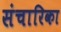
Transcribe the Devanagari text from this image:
संचारिका